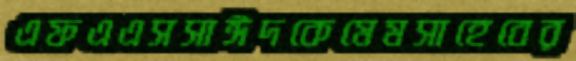
এফএএসসাঈদকেমেমসাহেবের